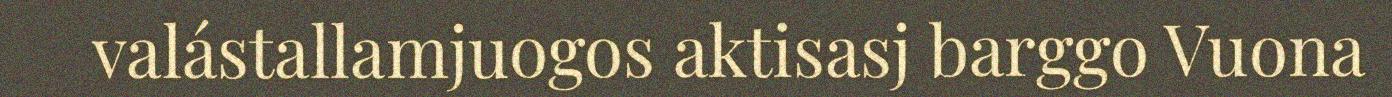
valástallamjuogos aktisasj barggo Vuona